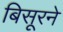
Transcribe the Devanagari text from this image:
बिसूरने